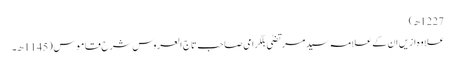
1227ھ)
علاوہ ازیں ان کے علامہ سید مرتضیٰ بلگرامی صاحب تاج العروس شرح قاموس (1145ھ۔